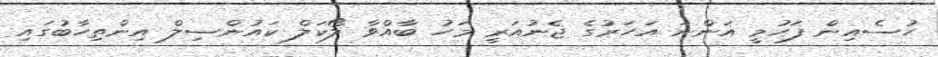
ހުސެއިން ފަހުމީ އަންނަ އަހަރުގެ ޖެނުއަރީ މަހު ބާއްވާ ލޯކަލް ކައުންސިލް އިންތިހާބުގައި